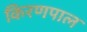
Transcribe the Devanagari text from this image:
किरणपाल